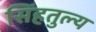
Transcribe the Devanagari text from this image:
सिंहतुल्य